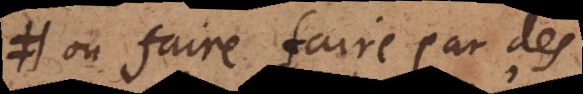
ou faire faire par des